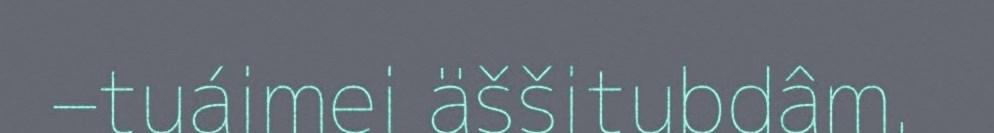
–tuáimei äššitubdâm.